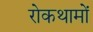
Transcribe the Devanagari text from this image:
रोकथामों